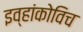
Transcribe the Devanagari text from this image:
इव्हांकोविच